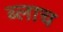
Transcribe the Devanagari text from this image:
ब्लाच